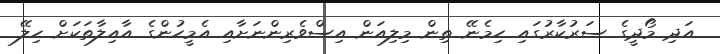
އަދި މޯދީގެ ސަރުކާރުގައި ހިމެނޭ ތިން މިލިއަން އިސްވެރިންނަށާއި އެމީހުންގެ އާއިލާތަކަށް ހިލޭ